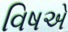
વિષએ